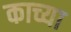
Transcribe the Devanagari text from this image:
काच्या